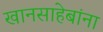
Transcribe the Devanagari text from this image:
खानसाहेबांना